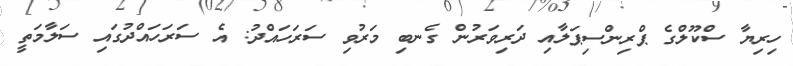
ހިރިޔާ ސްކޫލްގެ ޕްރިންސިޕަލާއި ދަރިވަރުން ގެނބި މަރުވި ސަރަހައްދު: އެ ސަރަހައްދުގައި ސަލާމަތީ